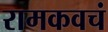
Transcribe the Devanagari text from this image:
रामकवचं